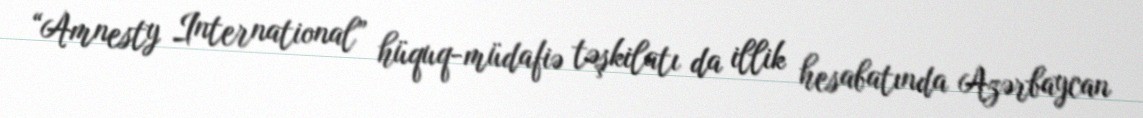
“Amnesty International” hüquq-müdafiə təşkilatı da illik hesabatında Azərbaycan